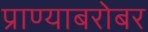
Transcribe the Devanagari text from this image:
प्राण्याबरोबर